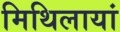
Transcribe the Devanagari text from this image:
मिथिलायां